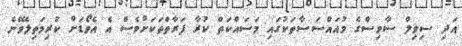
އަދި ސިވިލް ސާވިސްގެ މުއައްސަސާތަކުގައި މަސައްކަތް ކުރާ ފަރާތްތަކަށްވެސް އެ އެވޯޑަށް ކުރިމަތިލެވޭނެ